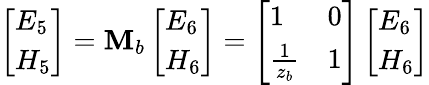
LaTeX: \left[\begin{array}{l}{E_{5}}\\ {H_{5}}\end{array}\right]=\mathbf{M}_{b}\left[\begin{array}{l}{E_{6}}\\ {H_{6}}\end{array}\right]=\left[\begin{array}{ll}{1}&{0}\\ {\frac{1}{z_{b}}}&{1}\end{array}\right]\left[\begin{array}{l}{E_{6}}\\ {H_{6}}\end{array}\right]